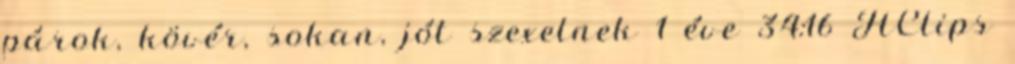
párok, kövér, sokan, jót szexelnek 1 éve 34:16 HClips